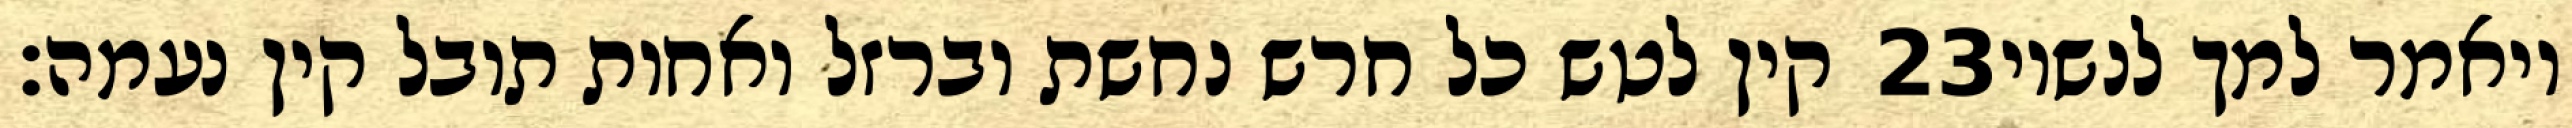
קין לטש כל חרש נחשת וברזל ואחות תובל קין נעמה׃ ‎23‏ ויאמר למך לנשיו